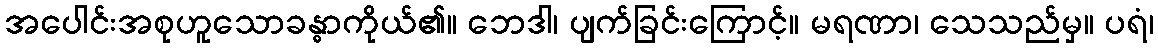
အပေါင်းအစုဟူသောခန္ဓာကိုယ်၏။ ဘေဒါ၊ ပျက်ခြင်းကြောင့်။ မရဏာ၊ သေသည်မှ။ ပရံ၊